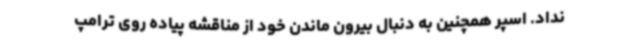
نداد. اسپر همچنین به دنبال بیرون ماندن خود از مناقشه پیاده روی ترامپ